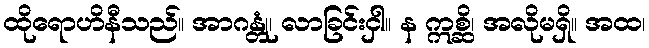
ထိုရောဟိနီသည်။ အာဂန္တုံ၊ လာခြင်းငှါ။ န ဣစ္ဆိ၊ အလိုမရှိ။ အထ၊